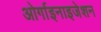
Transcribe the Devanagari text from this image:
ओर्गाइनाइजेशन